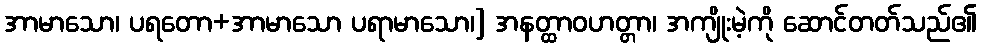
အာမာသော၊ ပရတော+အာမာသော ပရာမာသော၊] အနတ္ထာဝဟတ္တာ၊ အကျိုးမဲ့ကို ဆောင်တတ်သည်၏